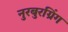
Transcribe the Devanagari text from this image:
नुरबुरग्रिंग